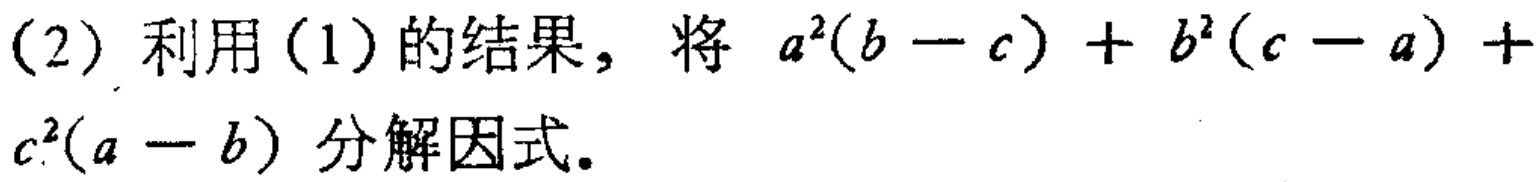
(2) 利用(1)的结果，将 \(a^{2}(b - c)+b^{2}(c - a)+c^{2}(a - b)\) 分解因式。